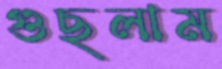
গুছলাম